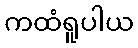
ကထံရူပါယ